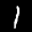
Label: 1